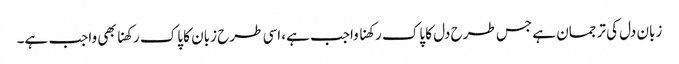
زبان دل کی ترجمان ہے جس طرح دل کا پاک رکھنا واجب ہے، اسی طرح زبان کا پاک رکھنا بھی واجب ہے۔